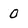
Character: 0